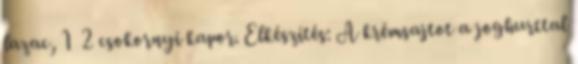
lazac, 1 2 csokornyi kapor. Elkészítés: A krémsajtot a joghurttal